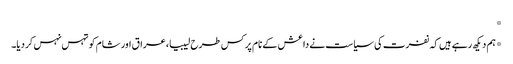
*
*ہم دیکھ رہے ہیں کہ نفرت کی سیاست نے داعش کے نام پر کس طرح لیبیا، عراق اور شام کو تہس نہس کردیا۔